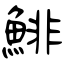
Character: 鯡